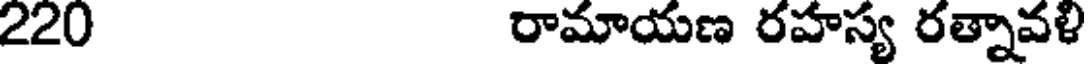
220 రామాయణ రహస్య రత్నావళి